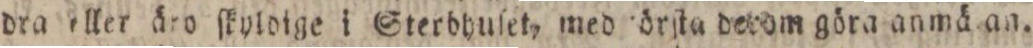
dra eller åro ſkyloige i Sterbhuſet, med örſta derom göra anmä an.